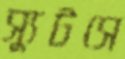
স্যুটসে